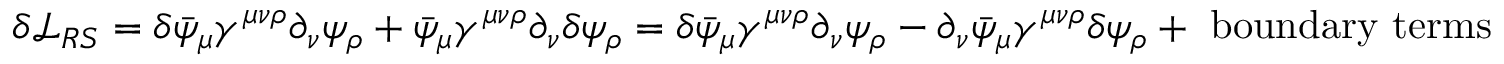
\delta { \mathcal { L } } _ { R S } = \delta { \bar { \psi } } _ { \mu } \gamma ^ { \mu \nu \rho } \partial _ { \nu } \psi _ { \rho } + { \bar { \psi } } _ { \mu } \gamma ^ { \mu \nu \rho } \partial _ { \nu } \delta \psi _ { \rho } = \delta { \bar { \psi } } _ { \mu } \gamma ^ { \mu \nu \rho } \partial _ { \nu } \psi _ { \rho } - \partial _ { \nu } { \bar { \psi } } _ { \mu } \gamma ^ { \mu \nu \rho } \delta \psi _ { \rho } + { \mathrm { ~ b o u n d a r y ~ t e r m s } }